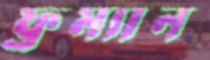
ফ্রম্যান